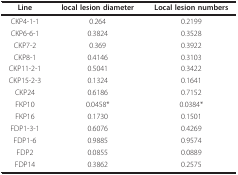
<table><thead><tr><td><b>Line</b></td><td><b>local lesion diameter</b></td><td><b>Local lesion numbers</b></td></tr></thead><tbody><tr><td>CKP4-1-1</td><td>0.264</td><td>0.2199</td></tr><tr><td>CKP6-6-1</td><td>0.3824</td><td>0.3528</td></tr><tr><td>CKP7-2</td><td>0.369</td><td>0.3922</td></tr><tr><td>CKP8-1</td><td>0.4146</td><td>0.3103</td></tr><tr><td>CKP11-2-1</td><td>0.5041</td><td>0.3422</td></tr><tr><td>CKP15-2-3</td><td>0.1324</td><td>0.1641</td></tr><tr><td>CKP24</td><td>0.6186</td><td>0.7152</td></tr><tr><td>FKP10</td><td>0.0458*</td><td>0.0384*</td></tr><tr><td>FKP16</td><td>0.1730</td><td>0.1501</td></tr><tr><td>FDP1-3-1</td><td>0.6076</td><td>0.4269</td></tr><tr><td>FDP1-6</td><td>0.9885</td><td>0.9574</td></tr><tr><td>FDP2</td><td>0.0855</td><td>0.0889</td></tr><tr><td>FDP14</td><td>0.3862</td><td>0.2575</td></tr></tbody></table>